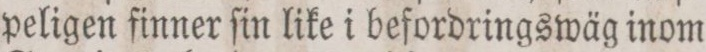
peligen finner ſin like i befordringswäg inom